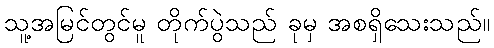
သူ့အမြင်တွင်မူ တိုက်ပွဲသည် ခုမှ အစရှိသေးသည်။